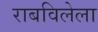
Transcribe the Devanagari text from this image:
राबविलेला